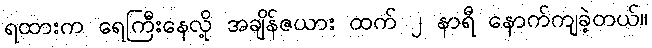
ရထားက ရေကြီးနေလို့ အချိန်ဇယား ထက် ၂ နာရီ နောက်ကျခဲ့တယ်။